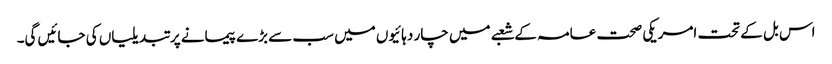
اس بل کے تحت امریکی صحت عامہ کے شعبے میں چار دہائیوں میں سب سے بڑے پیمانے پر تبدیلیاں کی جائیں گی۔